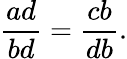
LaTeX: {\frac{ad}{bd}}={\frac{cb}{db}}.